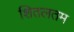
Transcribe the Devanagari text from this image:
शितलतम